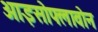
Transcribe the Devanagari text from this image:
आइसोफ्लावोन